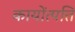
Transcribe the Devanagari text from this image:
कायोंत्पत्ति